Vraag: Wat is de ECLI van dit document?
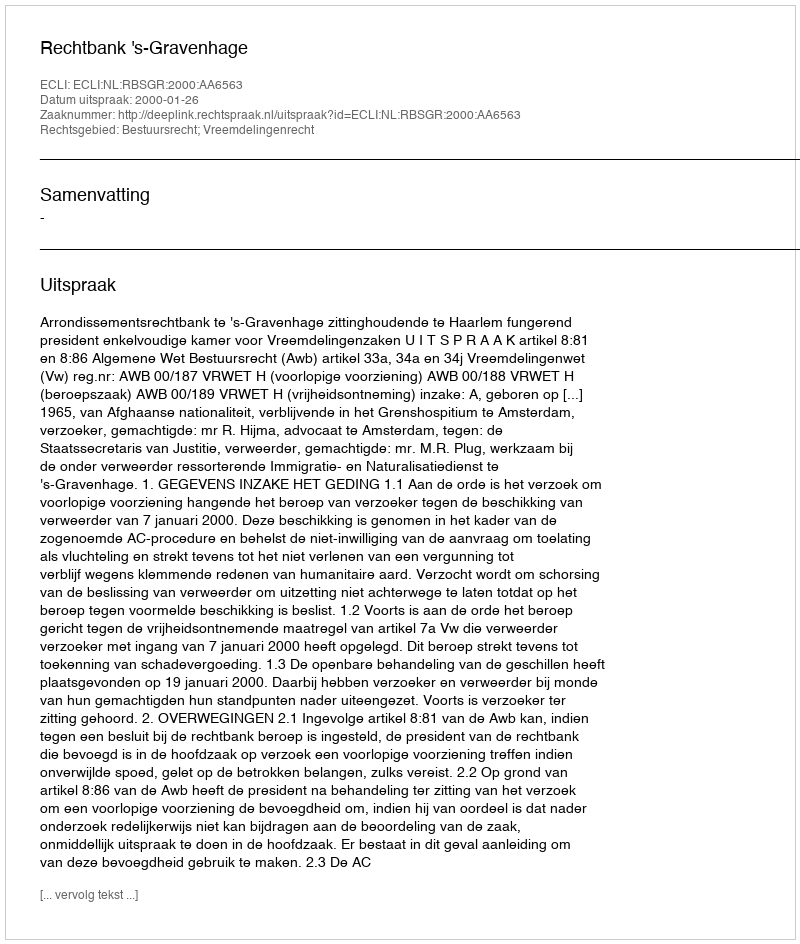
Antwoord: ECLI:NL:RBSGR:2000:AA6563